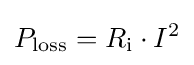
P_{\text{loss}}=R_{\text{i}}\cdot I^{2}